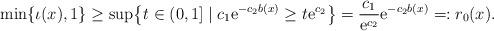
LaTeX: \begin{align*}\min\{\iota(x),1\} &\ge \sup \bigl\{ t\in (0,1] \mid c_1 \mathrm{e}^{-c_2 b(x)} \geq t \mathrm{e}^{c_2} \bigr\}=\frac{c_1}{\mathrm{e}^{c_2}}\mathrm{e}^{-c_2 b(x)}=:r_0(x).\end{align*}